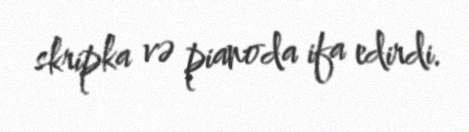
skripka və pianoda ifa edirdi.